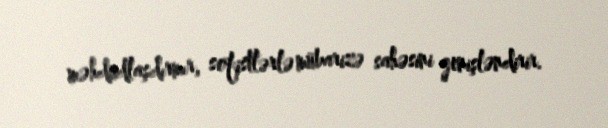
məhdudlaşdırmır, sofistlərlə mübarizə sahəsini genişləndirir.